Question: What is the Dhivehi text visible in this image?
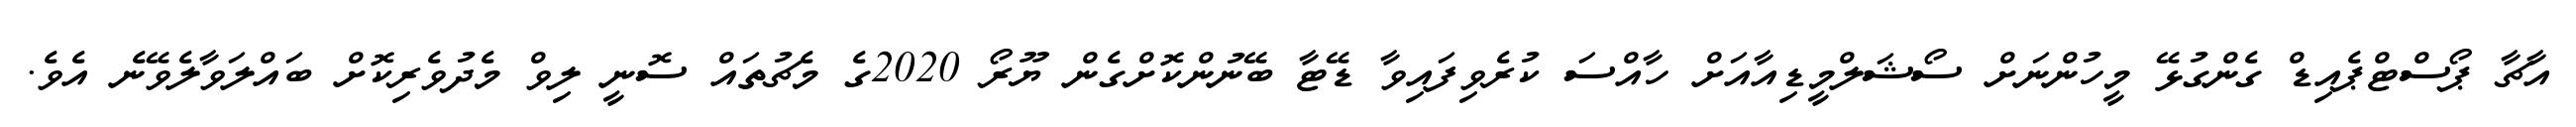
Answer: އާޗާ ޕޯސްޓްޕެއިޑް ގެންގުޅޭ މީހުންނަށް ސޯޝަލްމީޑިއާއަށް ހާއްސަ ކުރެވިފައިވާ ޑޭޓާ ބޭނުންކޮށްގެން ޔޫރޯ 2020ގެ މެޗުތައް ސޮނީ ލިވް މެދުވެރިކޮށް ބައްލަވާލެވޭނެ އެވެ.